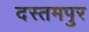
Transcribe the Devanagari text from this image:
दस्तमपुर